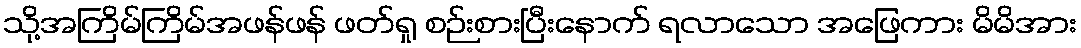
သို့အကြိမ်ကြိမ်အဖန်ဖန် ဖတ်ရှု စဉ်းစားပြီးနောက် ရလာသော အဖြေကား မိမိအား